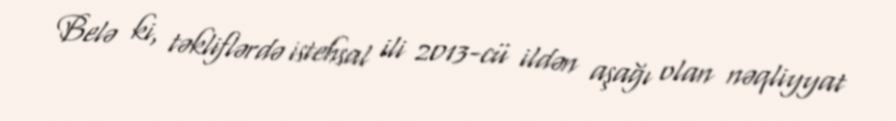
Belə ki, təkliflərdə istehsal ili 2013-cü ildən aşağı olan nəqliyyat